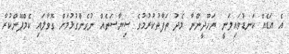
އެ އަޑެއް ކަނޑުވައިލަނީ ޔަހޫދީންނާ މެދު ތަފާތުކުރުމުގެ ސިޔާސަތެއް ނުގެންގުޅުމަށް ގޮވާލައި ކެމްޕޭންކުރާ